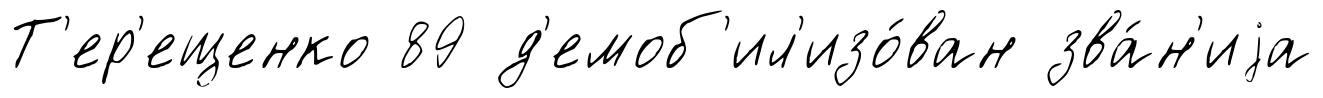
Т'ер'ещенко 89 д'емоб'ил'изо́ван зва́н'иjа